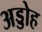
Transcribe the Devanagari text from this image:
अड्डोह